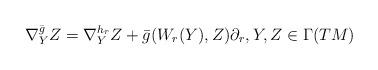
LaTeX: \begin{align*} \nabla^{\bar{g}}_Y Z=\nabla^{h_r}_Y Z+\bar{g}(W_r(Y),Z)\partial_r,Y,Z\in\Gamma(TM) \end{align*}